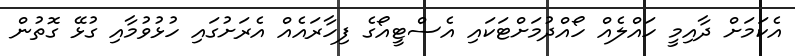
އެކަމަށް ދާއިމީ ހައްލެއް ހޯއްދުމަށްޓަކައި އެސްޓީއޯގެ ފިހާރައެއް އެރަށުގައި ހުޅުވުމާއި ގުޅޭ ގޮތުން